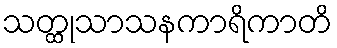
သတ္ထုသာသနကာရိကာတိ